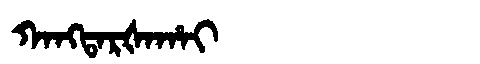
Manchu: ᡴᠠᠩᡨᠠᡵᡧᠠᡥᠠᡳ
Romanization: KANGTARŠAHAI